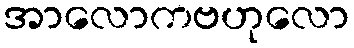
အာလောကဗဟုလော